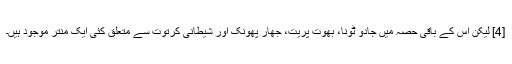
[4] لیکن اس کے باقی حصہ میں جادو ٹونا، بھوت پریت، جھار پھونک اور شیطانی کرتوت سے متعلق کئی ایک منتر موجود ہیں۔